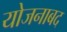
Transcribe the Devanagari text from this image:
योजनाबद